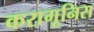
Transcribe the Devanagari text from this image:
करागूनिस